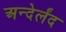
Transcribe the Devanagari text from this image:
अन्देर्लंद